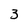
Character: 3